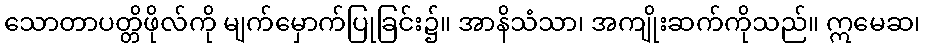
သောတာပတ္တိဖိုလ်ကို မျက်မှောက်ပြုခြင်း၌။ အာနိသံသာ၊ အကျိုးဆက်ကိုသည်။ ဣမေဆ၊